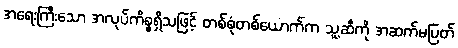
အရေးကြီးသော အလုပ်ကိစ္စရှိသဖြင့် တစ်စုံတစ်ယောက်က သူ့ဆီကို အဆက်မပြတ်